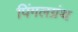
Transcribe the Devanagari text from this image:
पिंगलग्रंथ